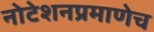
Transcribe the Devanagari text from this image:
नोटेशनप्रमाणेच